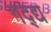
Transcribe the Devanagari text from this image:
गद्द्य